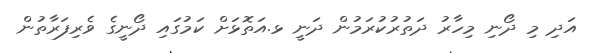
އަދި މި ދޯނި މިހާރު ދަތުރުކުރަމުން ދަނީ ޅ.އަތޮޅަށް ކަމުގައި ދޯނީގެ ވެރިފަރާތުން